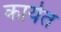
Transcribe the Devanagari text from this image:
कार्येत